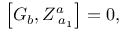
\left[ G _ { b } , Z _ { \; a _ { 1 } } ^ { a } \right] = 0 ,